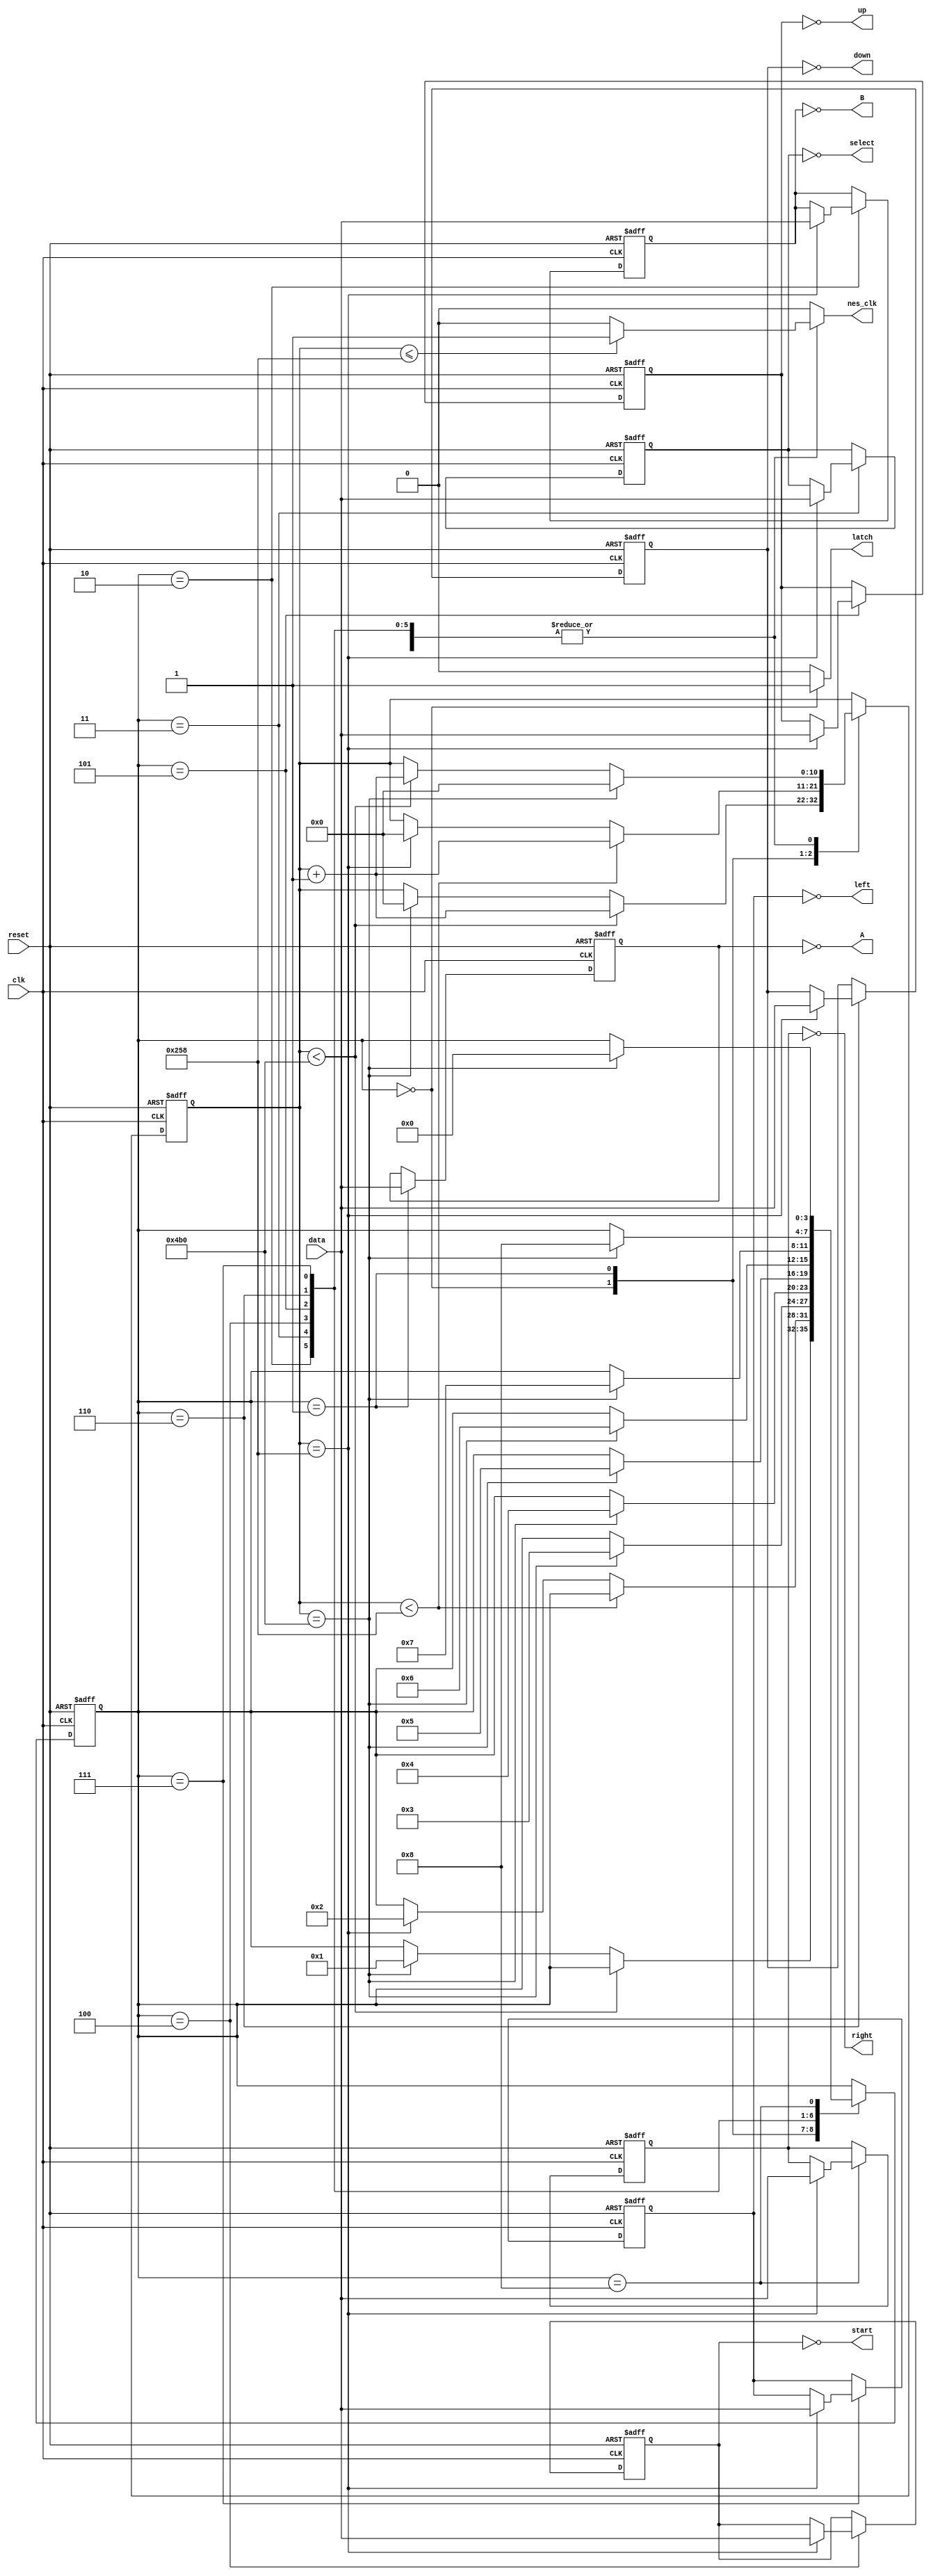
module nes_controller
	(
		input wire clk, reset, 
		input wire data,                                        // input data from nes controller to FPGA
		output reg latch, nes_clk,                              // outputs from FPGA to nes controller
		output wire A, B, select, start, up, down, left, right  // output states of nes controller buttons
        );
	
	// FSM symbolic states
	localparam [3:0] latch_en     = 4'h0,  // assert latch for 12 us
			 read_A_wait  = 4'h1,  // read A / wait 6 us
			 read_B       = 4'h2,  // read B ...
			 read_select  = 4'h3,  
		         read_start   = 4'h4,
		         read_up      = 4'h5,
			 read_down    = 4'h6,
			 read_left    = 4'h7,
			 read_right   = 4'h8;

	// register to count clock cycles to time latch assertion, nes_clk state, and FSM state transitions		 
	reg [10:0] count_reg, count_next;
	
	// FSM state register, and button state regs
	reg [3:0] state_reg, state_next;
	reg A_reg, B_reg, select_reg, start_reg,
	    up_reg, down_reg, left_reg, right_reg;
	reg A_next, B_next, select_next, start_next,
	   up_next, down_next, left_next, right_next;
	
	// infer all the registers
	always @(posedge clk, posedge reset)
		if (reset)
			begin
			count_reg  <= 0;
			state_reg  <= 0;
			A_reg      <= 0;
			B_reg      <= 0;
			select_reg <= 0;
			start_reg  <= 0;
			up_reg     <= 0;
			down_reg   <= 0;
			left_reg   <= 0;
			right_reg  <= 0;
			end
	    else
			begin
		        count_reg  <= count_next;
			state_reg  <= state_next;
			A_reg      <= A_next;
			B_reg      <= B_next;
			select_reg <= select_next;
			start_reg  <= start_next;
			up_reg     <= up_next;
			down_reg   <= down_next;
			left_reg   <= left_next;
			right_reg  <= right_next;
			end
			
	// FSM next-state logic and data path
	always@*
		begin
		// defaults
		latch       = 0;
		nes_clk     = 0;
		count_next  = count_reg;
		A_next      = A_reg;
		B_next      = B_reg;
		select_next = select_reg;
		start_next  = start_reg;
		up_next     = up_reg;
		down_next   = down_reg;
		left_next   = left_reg;
		right_next  = right_reg;
		state_next  = state_reg;
		
		case(state_reg)
			
			latch_en: 
					begin
					// assert latch pin
					latch = 1;
					
					// count 12 us
					if(count_reg < 1200)
						count_next = count_reg + 1;
					
					// once 12 us passed
					else if(count_reg == 1200)
						begin
						count_next = 0; // reset latch_count
						state_next = read_A_wait; // go to read_A_wait state
						end
					end
			
			read_A_wait:
					begin
					A_next = data; // read A
					
					if(count_reg < 600) // count clk cycles for 6 us
						count_next = count_reg + 1;
						
					// once 6 us passed
					else if(count_reg == 600)
						begin
						count_next = 0; // reset latch_count
						state_next = read_B; // go to read_B state
						end
					end
			
			read_B:	
					begin
					// count clk cycles for 12 us
					if(count_reg < 1200)
						count_next = count_reg + 1;
					
					// nes_clk state
					if(count_reg <= 600)
						nes_clk = 1;
					else if(count_reg > 600)
						nes_clk = 0;
					
					// read B
					if(count_reg == 600)
						B_next = data;
					
					// state over
					if(count_reg == 1200)
						begin
						count_next = 0; // reset latch_count
						state_next = read_select; // go to read_select state
						end
					end
			
			read_select:	
					begin
					// count clk cycles for 12 us
					if(count_reg < 1200)
						count_next = count_reg + 1;
					
					// nes_clk state
					if(count_reg <= 600)
						nes_clk = 1;
					else if(count_reg > 600)
						nes_clk = 0;
					
					// read select
					if(count_reg == 600)
						select_next = data;
					
					// state over
					if(count_reg == 1200)
						begin
						count_next = 0; // reset latch_count
						state_next = read_start; // go to read_start state
						end
					end			
			
			read_start:	
					begin
					// count clk cycles for 12 us
					if(count_reg < 1200)
						count_next = count_reg + 1;
					
					// nes_clk state
					if(count_reg <= 600)
						nes_clk = 1;
					else if(count_reg > 600)
						nes_clk = 0;
					
					// read start
					if(count_reg == 600)
						start_next = data;
					
					// state over
					if(count_reg == 1200)
						begin
						count_next = 0; // reset latch_count
						state_next = read_up; // go to read_up state
						end
					end
			
			read_up:	
					begin
					// count clk cycles for 12 us
					if(count_reg < 1200)
						count_next = count_reg + 1;
					
					// nes_clk state
					if(count_reg <= 600)
						nes_clk = 1;
					else if(count_reg > 600)
						nes_clk = 0;
					
					// read up
					if(count_reg == 600)
						up_next = data;
					
					// state over
					if(count_reg == 1200)
						begin
						count_next = 0; // reset latch_count
						state_next = read_down; // go to read_down state
						end
					end
					
			read_down:	
					begin
					// count clk cycles for 12 us
					if(count_reg < 1200)
						count_next = count_reg + 1;
					
					// nes_clk state
					if(count_reg <= 600)
						nes_clk = 1;
					else if(count_reg > 600)
						nes_clk = 0;
					
					// read down
					if(count_reg == 600)
						down_next = data;
					
					// state over
					if(count_reg == 1200)
						begin
						count_next = 0; // reset latch_count
						state_next = read_left; // go to read_left state
						end
					end
					
			read_left:	
					begin
					// count clk cycles for 12 us
					if(count_reg < 1200)
						count_next = count_reg + 1;
					
					// nes_clk state
					if(count_reg <= 600)
						nes_clk = 1;
					else if(count_reg > 600)
						nes_clk = 0;
					
					// read left
					if(count_reg == 600)
						left_next = data;
					
					// state over
					if(count_reg == 1200)
						begin
						count_next = 0; // reset latch_count
						state_next = read_right; // go to read_right state
						end
					end
					
			read_right:	
					begin
					// count clk cycles for 12 us
					if(count_reg < 1200)
						count_next = count_reg + 1;
					
					// nes_clk state
					if(count_reg <= 600)
						nes_clk = 1;
					else if(count_reg > 600)
						nes_clk = 0;
					
					// read right
					if(count_reg == 600)
						right_next = data;
					
					// state over
					if(count_reg == 1200)
						begin
						count_next = 0; // reset latch_count
						state_next = latch_en; // go to latch_en state
						end
					end
		endcase
		end
		
	// assign outputs, *normally asserted when unpressed
	assign A      = ~A_reg;
	assign B      = ~B_reg;
	assign select = ~select_reg;
	assign start  = ~start_reg;
	assign up     = ~up_reg;
	assign down   = ~down_reg;
	assign left   = ~left_reg;
	assign right  = ~right_reg;
	
endmodule